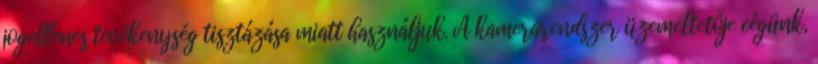
jogellenes tevékenység tisztázása miatt használjuk. A kamerarendszer üzemeltetője cégünk,